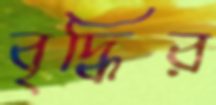
বৃদ্ধির